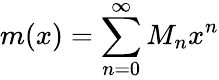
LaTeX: m(x)=\sum_{n=0}^{\infty}M_{n}x^{n}